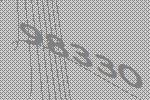
98330